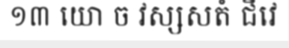
១៣ យោ ច វស្សសតំ ជីវេ